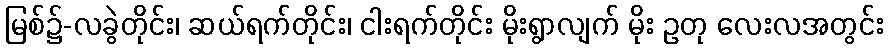
မြစ်၌-လခွဲတိုင်း၊ ဆယ်ရက်တိုင်း၊ ငါးရက်တိုင်း မိုးရွာလျက် မိုး ဥတု လေးလအတွင်း